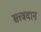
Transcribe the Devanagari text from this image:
सत्त्ववान